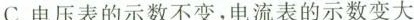
C.电压表的示数不变，电流表的示数变大